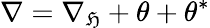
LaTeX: \nabla=\nabla_{\mathfrak{H}}+\theta+\theta^{*}